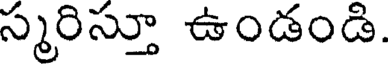
స్మరిస్తూ ఉండండి.